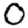
Digit: 0